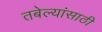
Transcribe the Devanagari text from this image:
तबेल्यांसाठी